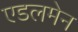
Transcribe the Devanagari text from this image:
एडलमेन